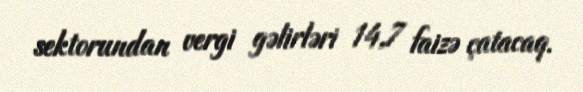
sektorundan vergi gəlirləri 14,7 faizə çatacaq.